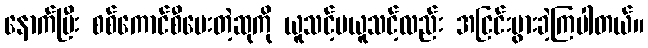
နောက်ပြီး စစ်ကောင်စီပေးတဲ့ဆုကို ယူသင့်မယူသင့်လည်း အငြင်းပွားခဲ့ကြပါတယ်။